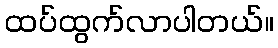
ထပ်ထွက်လာပါတယ်။